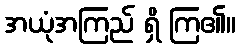
အယုံအကြည် ရှိ ကြ၏။